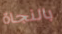
بالنجاة